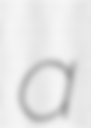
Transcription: a